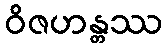
ဝိဇဟန္တဿ